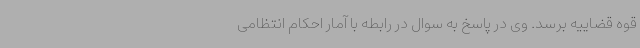
قوه قضاییه برسد. وی در پاسخ به سوال در رابطه با آمار احکام انتظامی